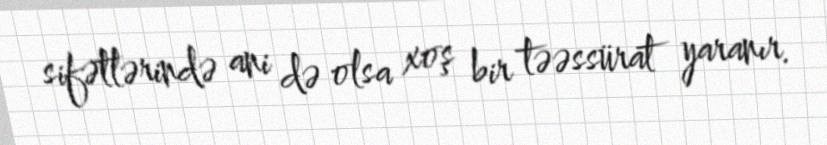
sifətlərində ani də olsa xoş bir təəssürat yaranır.